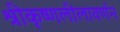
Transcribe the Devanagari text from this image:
श्रीकृष्णलीलावर्णन